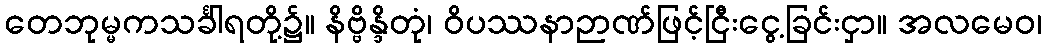
တေဘုမ္မကသင်္ခါရတို့၌။ နိဗ္ဗိန္ဒိတုံ၊ ဝိပဿနာဉာဏ်ဖြင့်ငြီးငွေ့ခြင်းငှာ။ အလမေဝ၊